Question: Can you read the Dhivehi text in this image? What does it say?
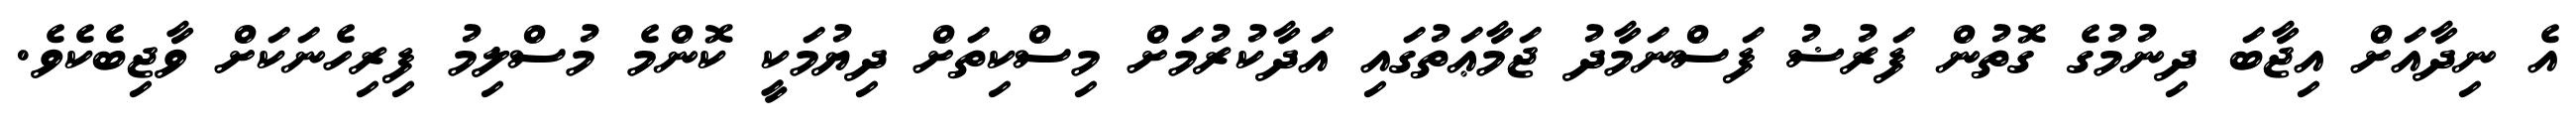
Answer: އެ ނިދާއަށް އިޖާބަ ދިނުމުގެ ގޮތުން ފަރުޟު ފަސްނަމާދު ޖަމާޢަތުގައި އަދާކުރުމަށް މިސްކިތަށް ދިޔުމަކީ ކޮންމެ މުސްލިމު ފިރިހެނަކަށް ވާޖިބެކެވެ.